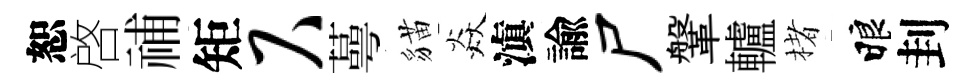
恕啓𥙷矩尺蕚貓焱滇諭尸鞶轤楮睱刲